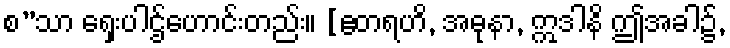
စ”သာ ရှေးပါဌ်ဟောင်းတည်း။ [ဧတရဟိ, အဓုနာ, ဣဒါနိ ဤအခါ၌,